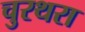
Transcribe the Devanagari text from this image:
चुरथरा